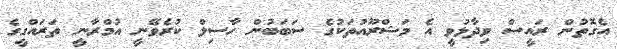
އެގޮތުން ރައީސް ވިދާޅުވީ އެ މަޝްރޫއުތަކުގެ ސަބަބުން ހާސިލް ކުރެވޭނީ އުމްރާނީ ތަރައްގީގެ